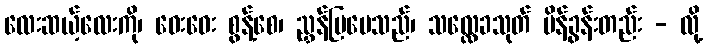
လေးဆယ့်လေးကို၊ ဝေးဝေး စွန့်စေ၊ ညွှန်ပြပေသည်၊ သလ္လေခသုတ် မိန့်ခွန်းတည်း - လို့